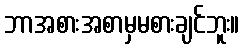
ဘာအစားအစာမှမစားချင်ဘူး။